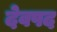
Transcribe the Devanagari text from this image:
देवपद